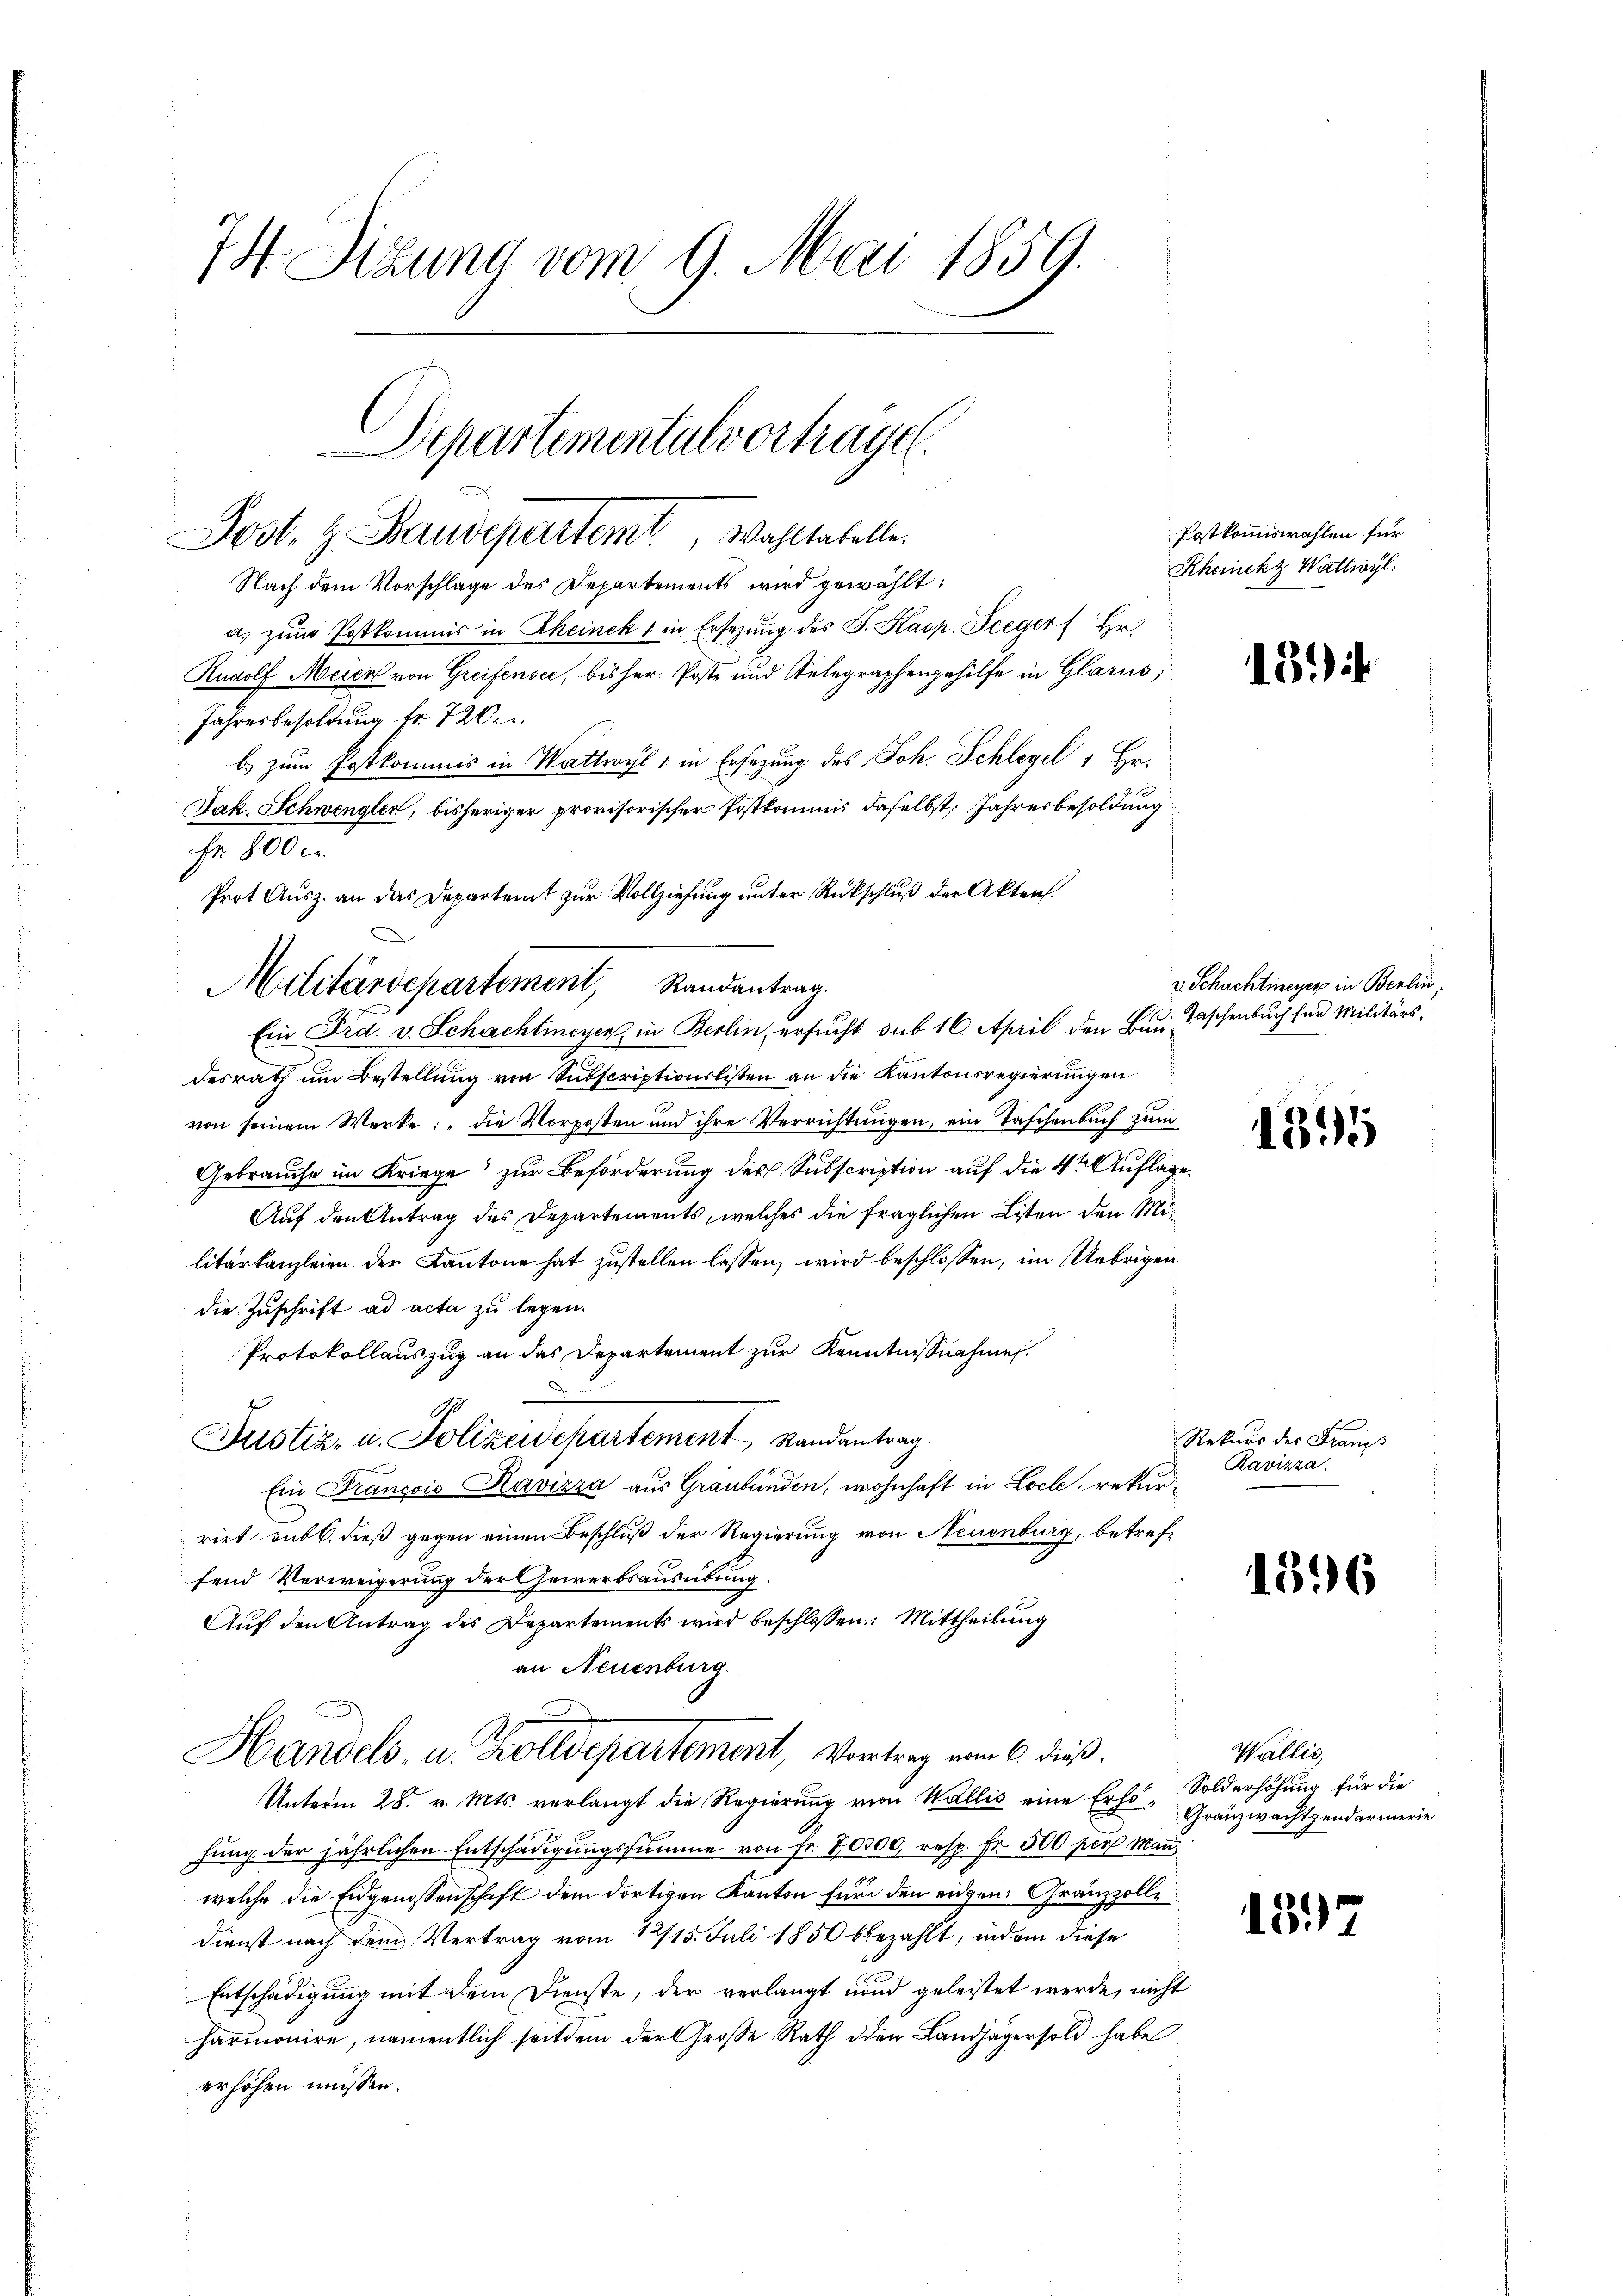
74. Sitzung vom 9. Mai 1859.

Nach dem Vorschlage des Departements wird gewählt:
a. zŭm Postkommis in Rheinek 1 in Ersezung des J. Kasp. Teeger Hr.
Rudolf Meier von Greifensee, bisher. Poste und Stelegraphengehilfe in Glarus;
Jahresbesoldung fr. 720.
b) zum Postkommis in Wattracht 1 in Ersezung des Joh. Schlegel 1 Hr.
Jak. Schwengler, bisheriger provisorischer Postkommis daselbst, Jahresbesoldung
Fr. 800 c.
desrath um Bestellung von Subscriptionslisten an die Kantonsregierungen
von seinem Werke: „die Vorposten und ihre Verrichtungen, ein Taschenbuch zum
Gebrauche im Kriege zur Beförderung der Subscription auf die 4ten Auflage.
Auf den Antrag des Departements, welches die fraglichen Listen den Militärkanzleien der Kantone hat zustellen lassen, wird beschlossen, im Uebrigen
die Zuschrift ad acta zu legen.
Protokollauszug an das Departement zur Kenntnißnahme.
Justiz- u. Polizeidepartement Randantrag.
Ein François Havizza aus Graubünden, wohnhaft in Loch, rekurrirt sub 6. dieß gegen einen Beschluß der Regierung von Neuenburg, betrefffend Verweigerung der Gewerbsausübung.
Aŭf den Antrag des Departements wird beschlossen: Mittheilŭng
an Neuenburg.
Handels, u. Zolldepartement, Vortrag von 6. dieß.
Unterm 28. v. Mts. verlangt die Regierung von Wallis eine Erhö- Gränzwachtgendarmerie
fung der jährlichen Entschädigungssumme von Fr. 70000, resp. Fr. 500 per Mann,
welche die Eidgenossenschaft dem dortigen Kanton für den eidgen. Gränzzolle
Dienst nach dem Vertrag vom 12/15. Juli 1850 bbezahlt, indem diese
Entschädigung mit dem Dienste, der verlangt und geleistet werde, nicht
harmonire, namentlich seitdem der Große Rath den Landjägersold habe
erhöhen müssen.

Departemental vortragen.
Post. H. Baudepartemt, Wahltatelle.

Prot. Ausz. an das Departeit zur Vollziehung unter Rückschluß der Akten.
Militärdepartement, Randantrag.
Ein Frd. v. Schachtmeyer, in Berlin, ersucht sub 16. April den Bau¬

Postkommiswahlen für
Rheinekz Wattwyl

13.

v. Schachtmeyer in Berlin,
Taschenbuch für Militärs.

1395

Rekurs des Franzs
Ravizza

1596

Wallis,
Solderhöhung für die

1.)